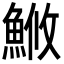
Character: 䱔